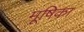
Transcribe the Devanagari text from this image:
मूषिका